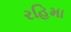
રહિમા